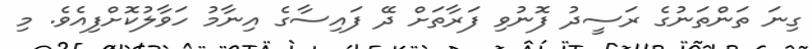
ގިނަ ތަންތަނުގެ ރަސީދު ފޮނުވި ފަރާތަށް ދޭ ފައިސާގެ އިނާމު ހަވާލުކޮށްފިއެވެ. މި